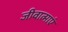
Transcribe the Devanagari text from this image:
जीवात्माएं